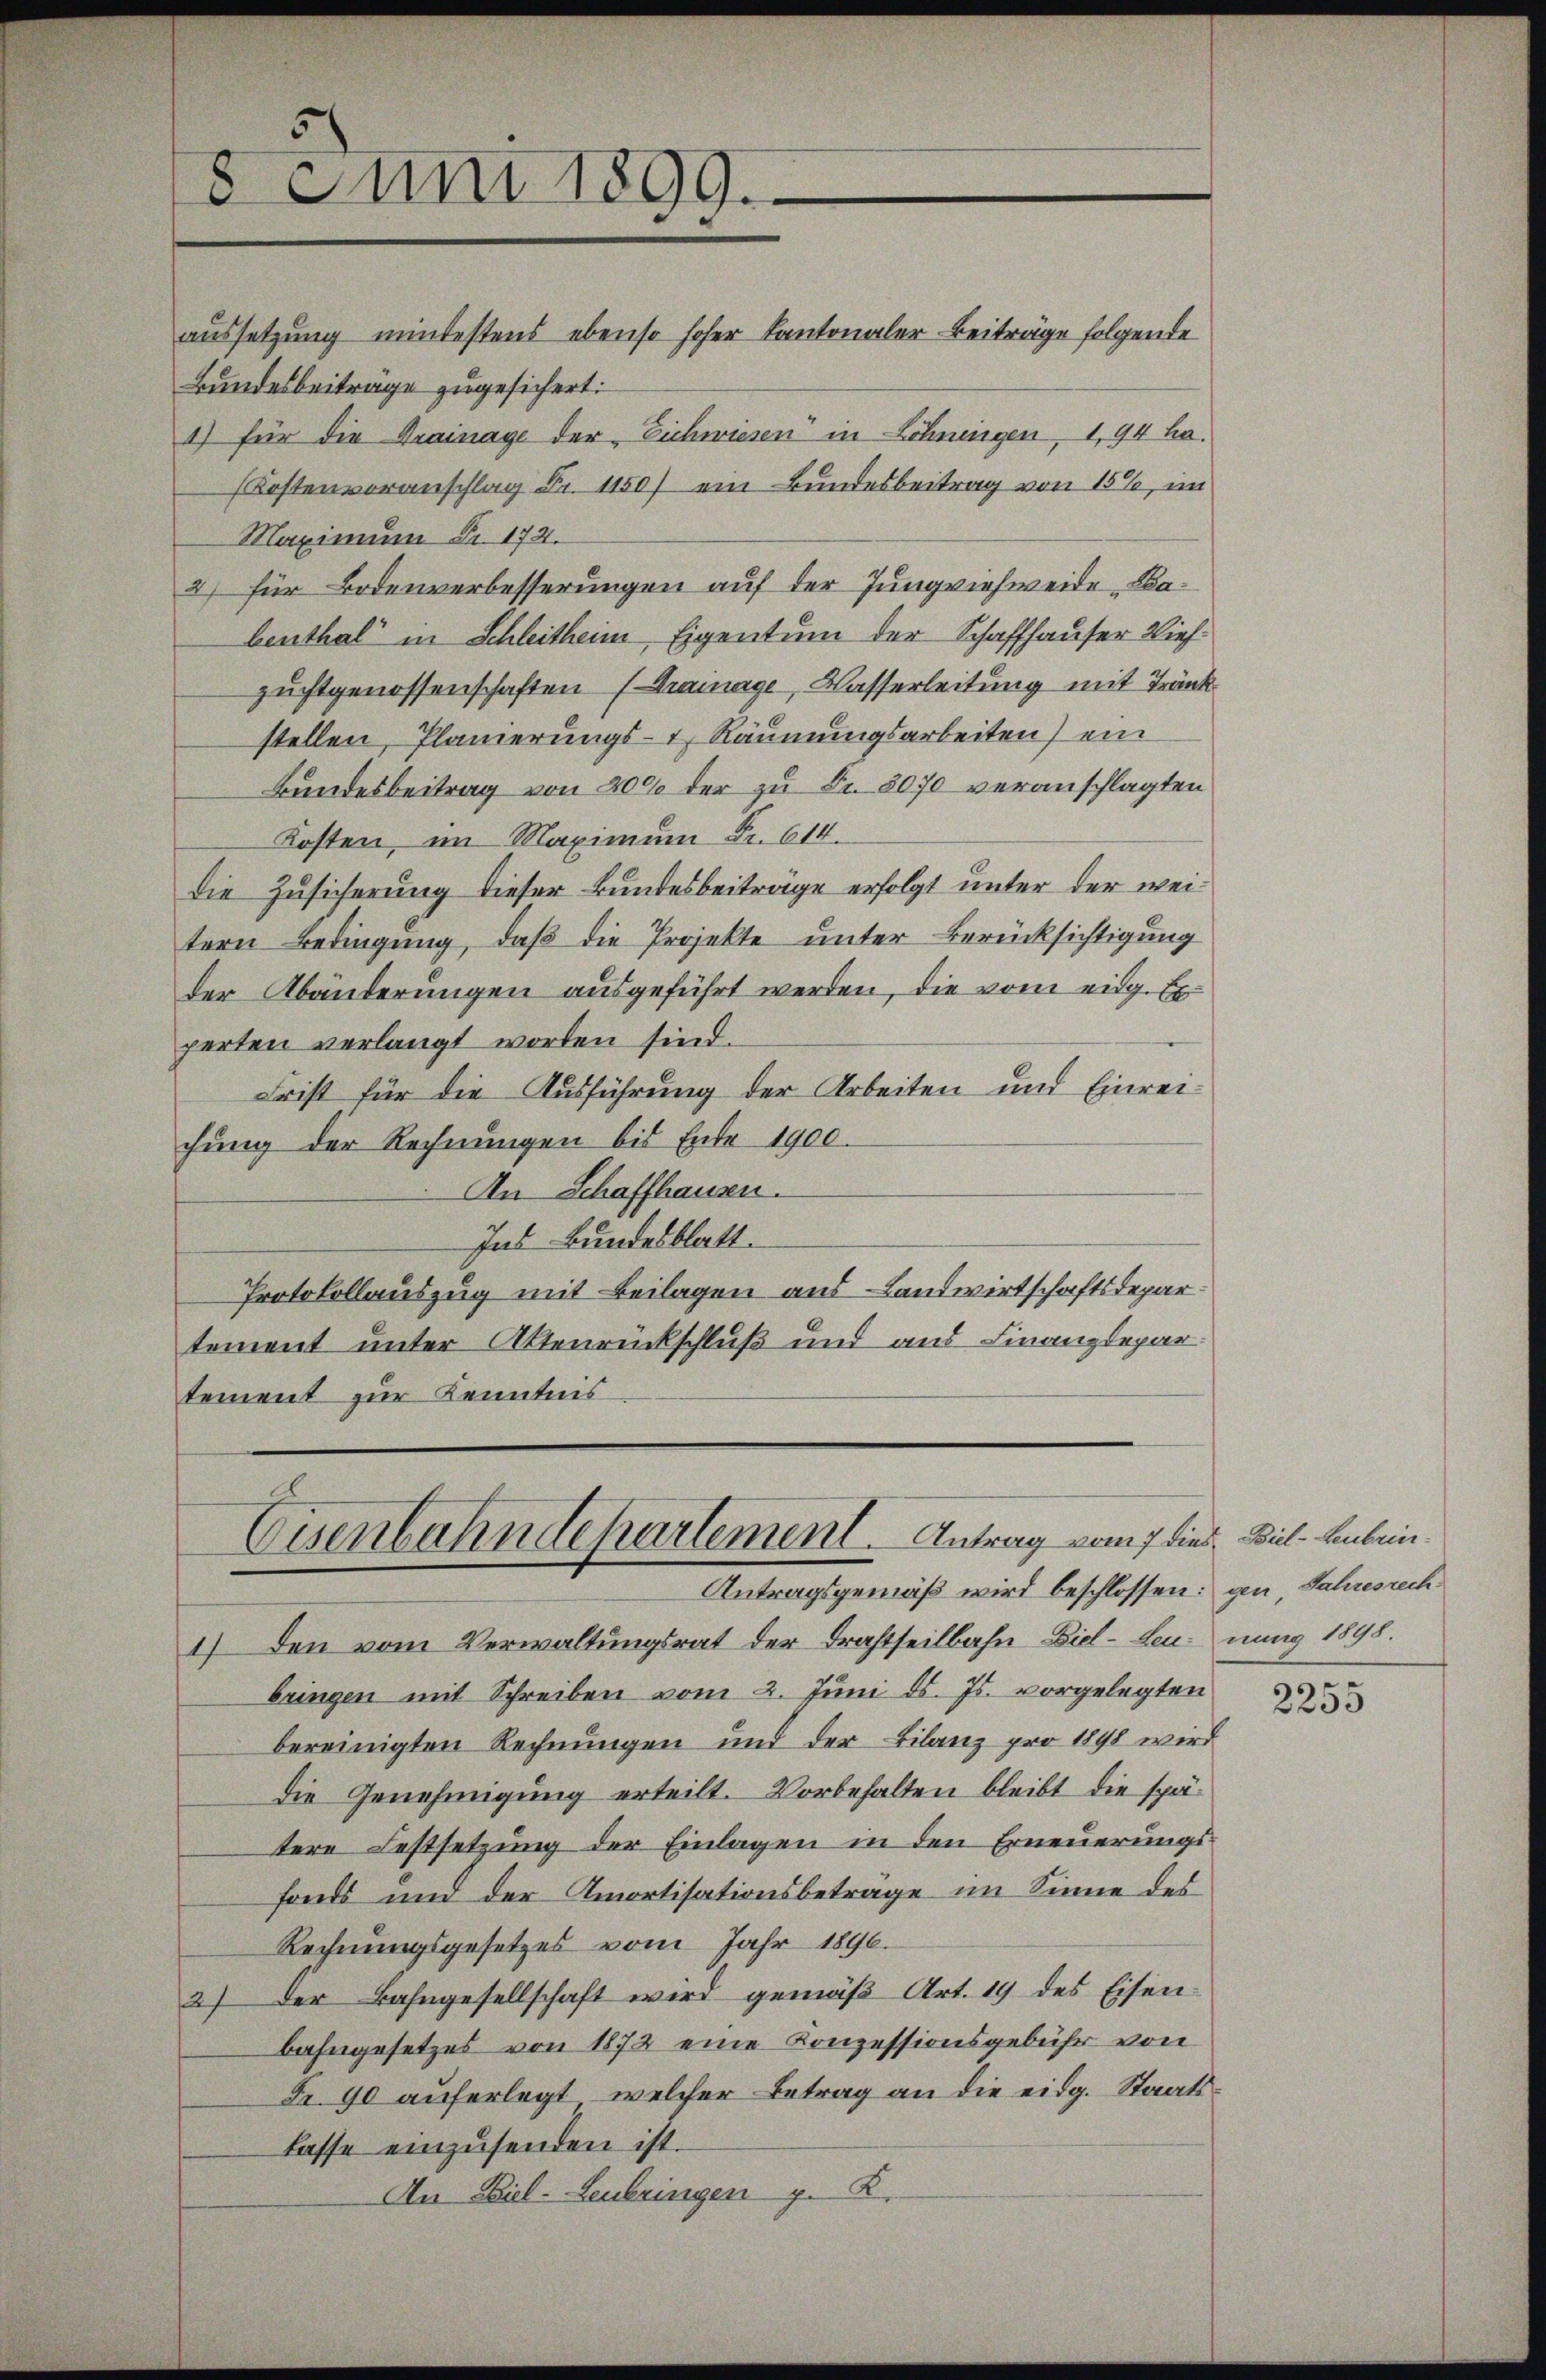
5
8 Juni 1899.

aussetzung mintestens ebenso hoher Kantonaler Beiträge folgende
Bundesbeiträge zugesichert:
1) für die Krainage der Eichwiesen in Löhnungen, 1,94 ha¬
Kostenvoranschlag Fr. 1150) ein Bundesbeitrag von 15%, im
Maximum Fr. 174.
2) für Bodenverbesserungen auf der Jungviehweide Babenthal“ in Schleitheim Eigentum der Schaffhauser Viehzuchtgenossenschaften (Grainage, Wasserleitung mit Tränk
stellen, Planierungs- Räumungsarbeiten) ein
Bundesbeitrag von 200 der zu Fr. 3070 veranschlagten
Kosten, im Maximum Fr. 614.
die Zusicherung dieser Bundesbeiträge erfolgt unter der weitern Bedingung, daß die Projekte unter Berücksichtigung
der Abänderungen ausgeführt werden, die vom eidg. Experten verlangt worden sind.
Frist für die Ausführung der Arbeiten und Einreichung der Rechnungen bis Ende 1900.
An Schaffhausen.
Ins Bundesblatt.
Protokollauszug mit Beilagen aus – Landwirtschaftsdepartement unter Aktenrückschluß und aus Finanzdepar
tement zur Kenntnis

Eisenbahndepartement. Antrag vom 7 dies Bil- Anbrin¬
Antragsgemäß wird beschlossen: gen, Jahresrech¬

1) den vom Verwaltungsrat der Drahtheilbahn Diel-Leunung 1895.
bringen mit Schreiben vom 2. Juni d. Js. vorgelegten
bereinigten Rechnungen und der Bilanz pro 1898 wird
Die Genehmigung erteilt. Vorbehalten bleibt die spätere Festsetzung der Einlagen in den Erneuerungsfonds und der Amortisationsbeträge im Sinne des
Rechnungsgesetzes vom Jahr 1896.
2) Der Bahngesellschaft wird gemäß Art. 19 des Eisen-
bahngesetzes von 1872 eine Konzessionsgebühr von
Fr. 90 auferlegt, welcher Betrag an die eidg. Staatslasse einzŭsenden ist.
An Biel-Leubringen z. K.

2255